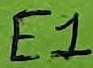
Text: E1